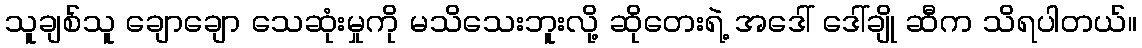
သူချစ်သူ ချောချော သေဆုံးမှုကို မသိသေးဘူးလို့ ဆိုတေးရဲ့ အဒေါ် ဒေါ်ချို ဆီက သိရပါတယ်။